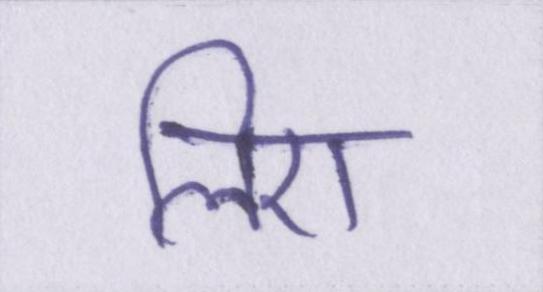
लिए